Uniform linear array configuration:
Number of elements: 8
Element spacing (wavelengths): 0.25
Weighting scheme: blackman
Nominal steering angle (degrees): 30
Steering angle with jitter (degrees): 30.869
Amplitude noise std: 0.05
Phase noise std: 0.05

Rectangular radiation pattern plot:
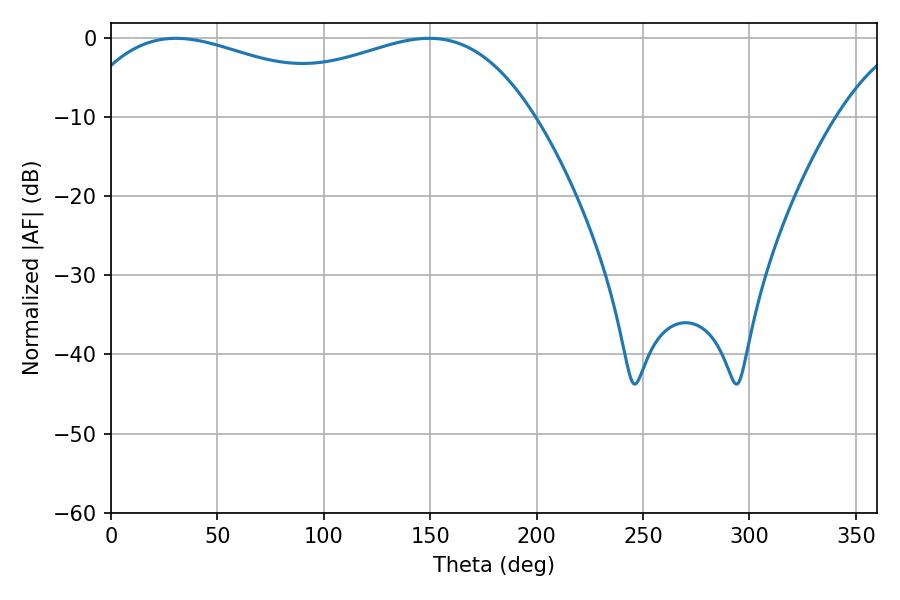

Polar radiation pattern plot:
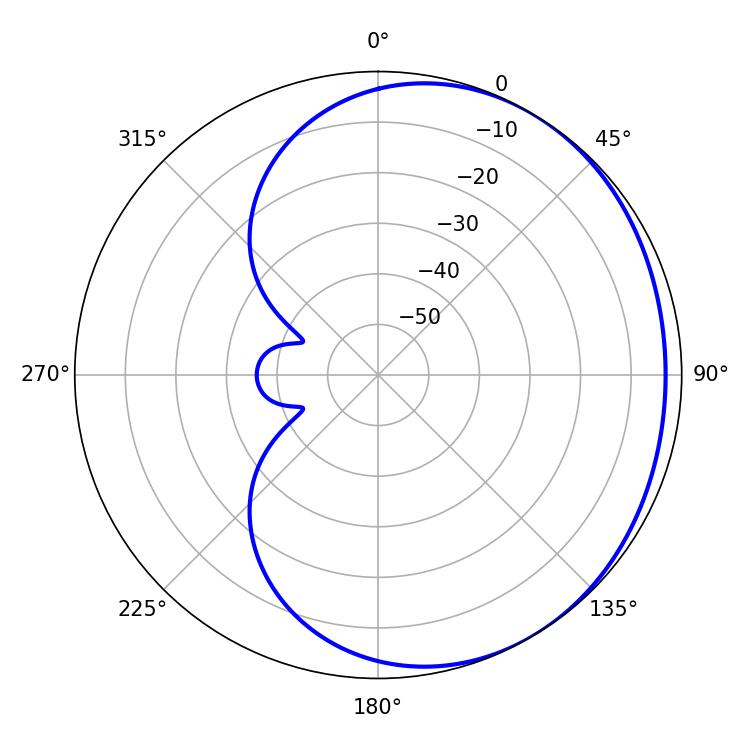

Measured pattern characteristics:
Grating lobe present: FALSE
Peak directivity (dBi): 1.628
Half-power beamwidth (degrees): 78.66
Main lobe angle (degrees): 30.42